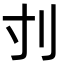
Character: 刌